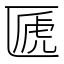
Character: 㔸